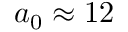
a _ { 0 } \approx 1 2